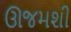
ઊજમશી